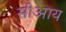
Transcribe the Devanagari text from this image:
सीआय